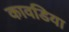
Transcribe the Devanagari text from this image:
कावडिया